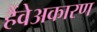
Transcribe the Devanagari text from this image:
हैंवेअकारण